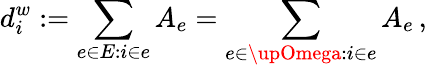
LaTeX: d_{i}^{w}:=\sum_{e\in E:i\in e}A_{e}=\sum_{e\in\upOmega:i\in e}A_{e}\, ,